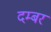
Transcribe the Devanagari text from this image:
दम्बर